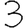
Digit: 3